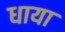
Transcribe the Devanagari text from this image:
धाया